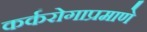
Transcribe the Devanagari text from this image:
कर्करोगाप्रमाणे